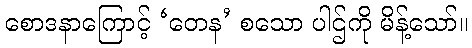
စောဒနာကြောင့် ‘တေန’ စသော ပါဌ်ကို မိန့်သော်။